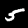
Digit: 5